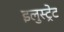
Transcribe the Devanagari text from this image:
इलुस्ट्रेट